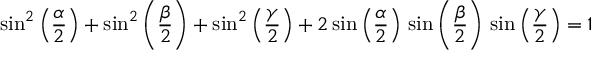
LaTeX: \sin ^ { 2 } \left( { \frac { \alpha } { 2 } } \right) + \sin ^ { 2 } \left( { \frac { \beta } { 2 } } \right) + \sin ^ { 2 } \left( { \frac { \gamma } { 2 } } \right) + 2 \sin \left( { \frac { \alpha } { 2 } } \right) \, \sin \left( { \frac { \beta } { 2 } } \right) \, \sin \left( { \frac { \gamma } { 2 } } \right) = 1